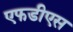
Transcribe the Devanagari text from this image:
एफडीएस